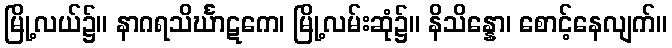
မြို့လယ်၌။ နာဂရသိင်္ဃာဋကေ၊ မြို့လမ်းဆုံ၌။ နိသိန္နော၊ စောင့်နေလျက်။